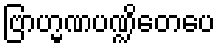
ဗြာဟ္မဏပဏ္ဍိတေပေ